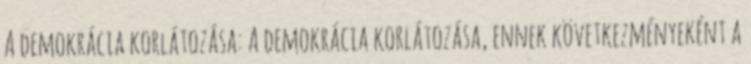
A demokrácia korlátozása: A demokrácia korlátozása, ennek következményeként a